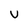
Character: U